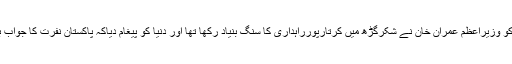
یاد رہے نومبر 2018 کو وزیراعظم عمران خان نے شکرگڑھ میں کرتارپورراہداری کا سنگ بنیاد رکھا تھا اور دنیا کو پیغام دیاکہ پاکستان نفرت کا جواب بھی محبت سے دیتا ہے۔